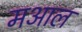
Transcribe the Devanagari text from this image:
मआल